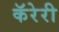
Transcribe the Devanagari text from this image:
कॅरेरी